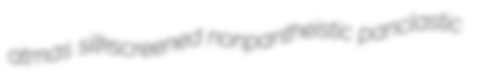
atmas silkscreened nonpantheistic panclastic